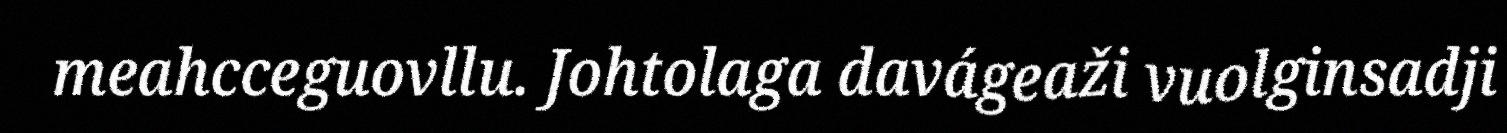
meahcceguovllu. Johtolaga davágeaži vuolginsadji